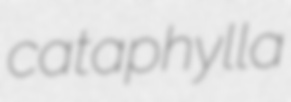
cataphylla